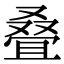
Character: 叠